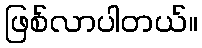
ဖြစ်လာပါတယ်။